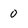
Character: 0